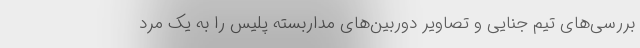
بررسی‌های تیم جنایی و تصاویر دوربین‌های مداربسته پلیس را به یک مرد